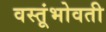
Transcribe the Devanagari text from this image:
वस्तूंभोवती